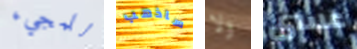
للمجيء ساذهب ولا عسى